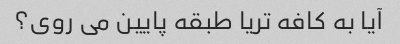
آیا به کافه تریا طبقه پایین می روی؟